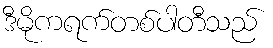
ဒီမိုကရက်တစ်ပါတီသည်